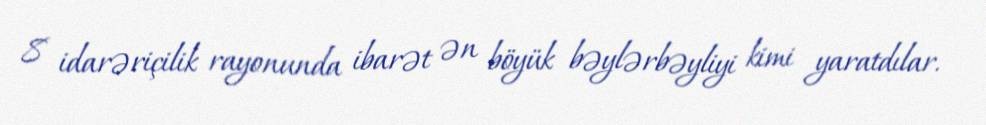
8 idarəriçilik rayonunda ibarət ən böyük bəylərbəyliyi kimi yaratdılar.